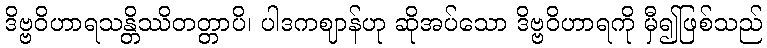
ဒိဗ္ဗဝိဟာရသန္တိဿိတတ္တာပိ၊ ပါဒကဈာန်ဟု ဆိုအပ်သော ဒိဗ္ဗဝိဟာရကို မှီ၍ဖြစ်သည်